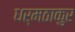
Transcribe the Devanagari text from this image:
धर्मठाकुर